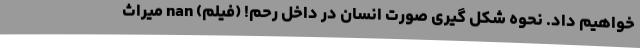
خواهیم داد. نحوه شکل گیری صورت انسان در داخل رحم! (فیلم) nan میراث